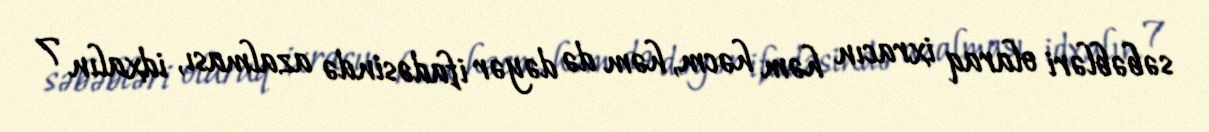
səbəbləri olaraq ixracın həm həcm, həm də dəyər ifadəsində azalması, idxalın 7